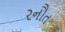
રનૌત